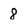
Character: 8